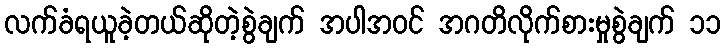
လက်ခံရယူခဲ့တယ်ဆိုတဲ့စွဲချက် အပါအဝင် အဂတိလိုက်စားမှုစွဲချက် ၁၁